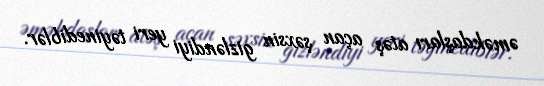
əməkdaşları atəş açan şəxsin gizləndiyi yeri təyinediblər.